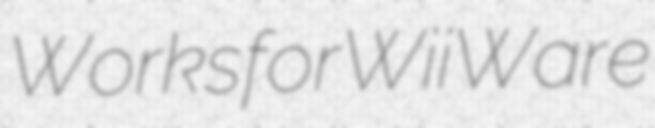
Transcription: Works for WiiWare